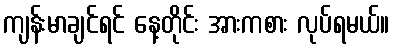
ကျန်းမာချင်ရင် နေ့တိုင်း အားကစား လုပ်ရမယ်။